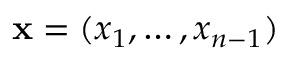
{ \bf x } = ( x _ { 1 } , \dots , x _ { n - 1 } )